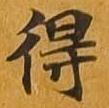
得